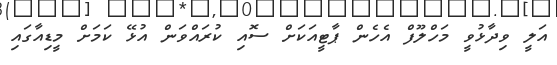
އަލީ ވިދާޅުވީ މަހްލޫފް އެހެން ޕާޓީއަކަށް ސޮއި ކުރައްވަން އުޅޭ ކަމަށް މީޑިއާގައި